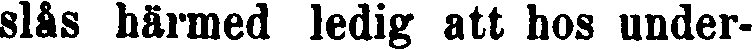
slås härmed ledig att hos under-